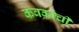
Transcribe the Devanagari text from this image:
कवकांची